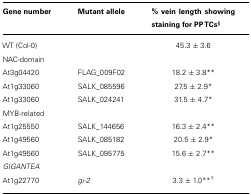
<table><thead><tr><td><b>Gene number</b></td><td><b>Mutant allele</b></td><td><b>% vein length showing staining for PPTCs<sup>§</sup></b></td></tr></thead><tbody><tr><td>WT (Col-0)</td><td></td><td>45.3 ± 3.6</td></tr><tr><td> NAC-domain</td><td></td><td></td></tr><tr><td>At3g04420</td><td>FLAG_009F02</td><td>18.2 ± 3.8**</td></tr><tr><td>At1g33060</td><td>SALK_085596</td><td>27.5 ± 2.9*</td></tr><tr><td>At1g33060</td><td>SALK_024241</td><td>31.5 ± 4.7*</td></tr><tr><td>MYB-related</td><td></td><td></td></tr><tr><td>At1g25550</td><td>SALK_144656</td><td>16.3 ± 2.4**</td></tr><tr><td>At1g49560</td><td>SALK_085182</td><td>20.5 ± 2.9*</td></tr><tr><td>At1g49560</td><td>SALK_095775</td><td>15.6 ± 2.7**</td></tr><tr><td><i>GIGANTEA</i></td><td></td><td></td></tr><tr><td>At1g22770</td><td><i>gi-2</i></td><td>3.3 ±1.0**<sup>†</sup></td></tr></tbody></table>